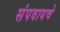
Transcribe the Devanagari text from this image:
संपवायचे